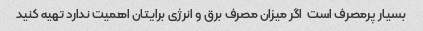
بسیار پرمصرف است  اگر میزان مصرف برق و انرژی برایتان اهمیت ندارد تهیه کنید